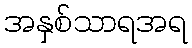
အနှစ်သာရအရ